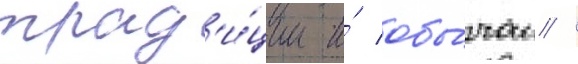
трад'и́ции и́ обы́чаи /